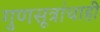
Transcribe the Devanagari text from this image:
गुणसूत्रांचाही